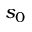
s _ { 0 }